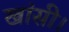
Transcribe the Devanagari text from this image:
खांसी।